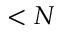
< N